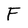
Character: F